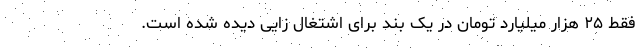
فقط ۲۵ هزار میلیارد تومان در یک بند برای اشتغال زایی دیده شده است.